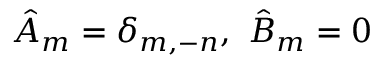
{ \hat { A } } _ { m } = \delta _ { m , - n } , \ { \hat { B } } _ { m } = 0